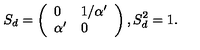
S _ { d } = \left( \begin{array} { l l } { 0 } & { 1 / \alpha ^ { \prime } } \\ { \alpha ^ { \prime } } & { 0 } \\ \end{array} \right) , S _ { d } ^ { 2 } = 1 .